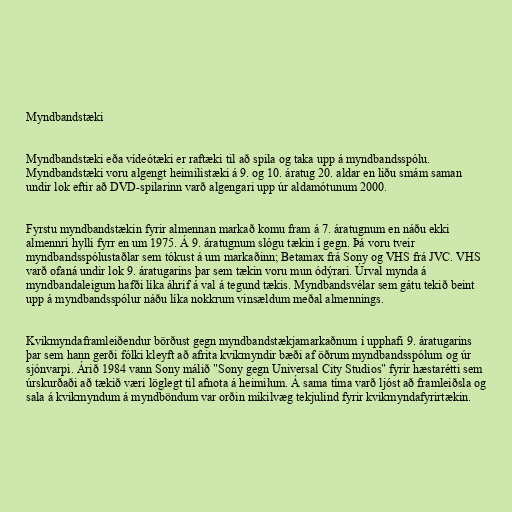
Myndbandstæki

Myndbandstæki eða vídeótæki er raftæki til að spila og taka upp á myndbandsspólu.
Myndbandstæki voru algengt heimilistæki á 9. og 10. áratug 20. aldar en liðu smám saman
undir lok eftir að DVD-spilarinn varð algengari upp úr aldamótunum 2000.

Fyrstu myndbandstækin fyrir almennan markað komu fram á 7. áratugnum en náðu ekki
almennri hylli fyrr en um 1975. Á 9. áratugnum slógu tækin í gegn. Þá voru tveir
myndbandsspólustaðlar sem tókust á um markaðinn; Betamax frá Sony og VHS frá JVC. VHS
varð ofaná undir lok 9. áratugarins þar sem tækin voru mun ódýrari. Úrval mynda á
myndbandaleigum hafði líka áhrif á val á tegund tækis. Myndbandsvélar sem gátu tekið beint
upp á myndbandsspólur náðu líka nokkrum vinsældum meðal almennings.

Kvikmyndaframleiðendur börðust gegn myndbandstækjamarkaðnum í upphafi 9. áratugarins
þar sem hann gerði fólki kleyft að afrita kvikmyndir bæði af öðrum myndbandsspólum og úr
sjónvarpi. Árið 1984 vann Sony málið "Sony gegn Universal City Studios" fyrir hæstarétti sem
úrskurðaði að tækið væri löglegt til afnota á heimilum. Á sama tíma varð ljóst að framleiðsla og
sala á kvikmyndum á myndböndum var orðin mikilvæg tekjulind fyrir kvikmyndafyrirtækin.